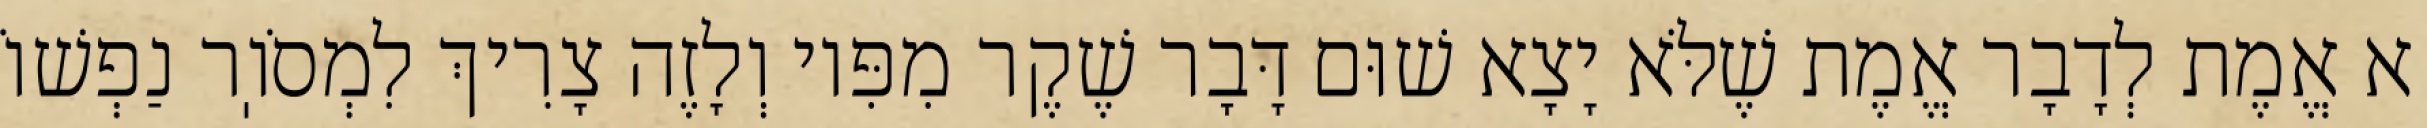
א אֱמֶת לְדָבָר אֱמֶת שֶׁלֹּא יָצָא שׁוּם דָּבָר שֶׁקֶר מִפִּיו וְלָזֶה צָרִיךְ לִמְסֹוֽר נַפְשׁוֹ